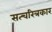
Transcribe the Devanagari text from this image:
सत्चरित्रकार